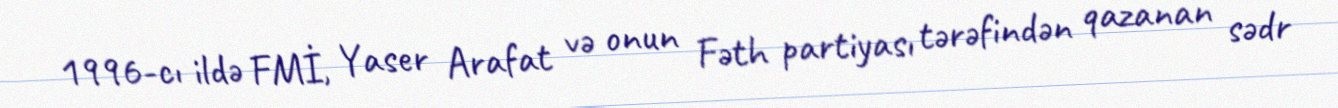
1996-cı ildə FMİ, Yaser Arafat və onun Fəth partiyası tərəfindən qazanan sədr